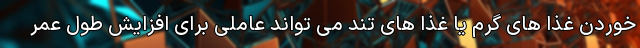
خوردن غذا های گرم یا غذا های تند می تواند عاملی برای افزایش طول عمر